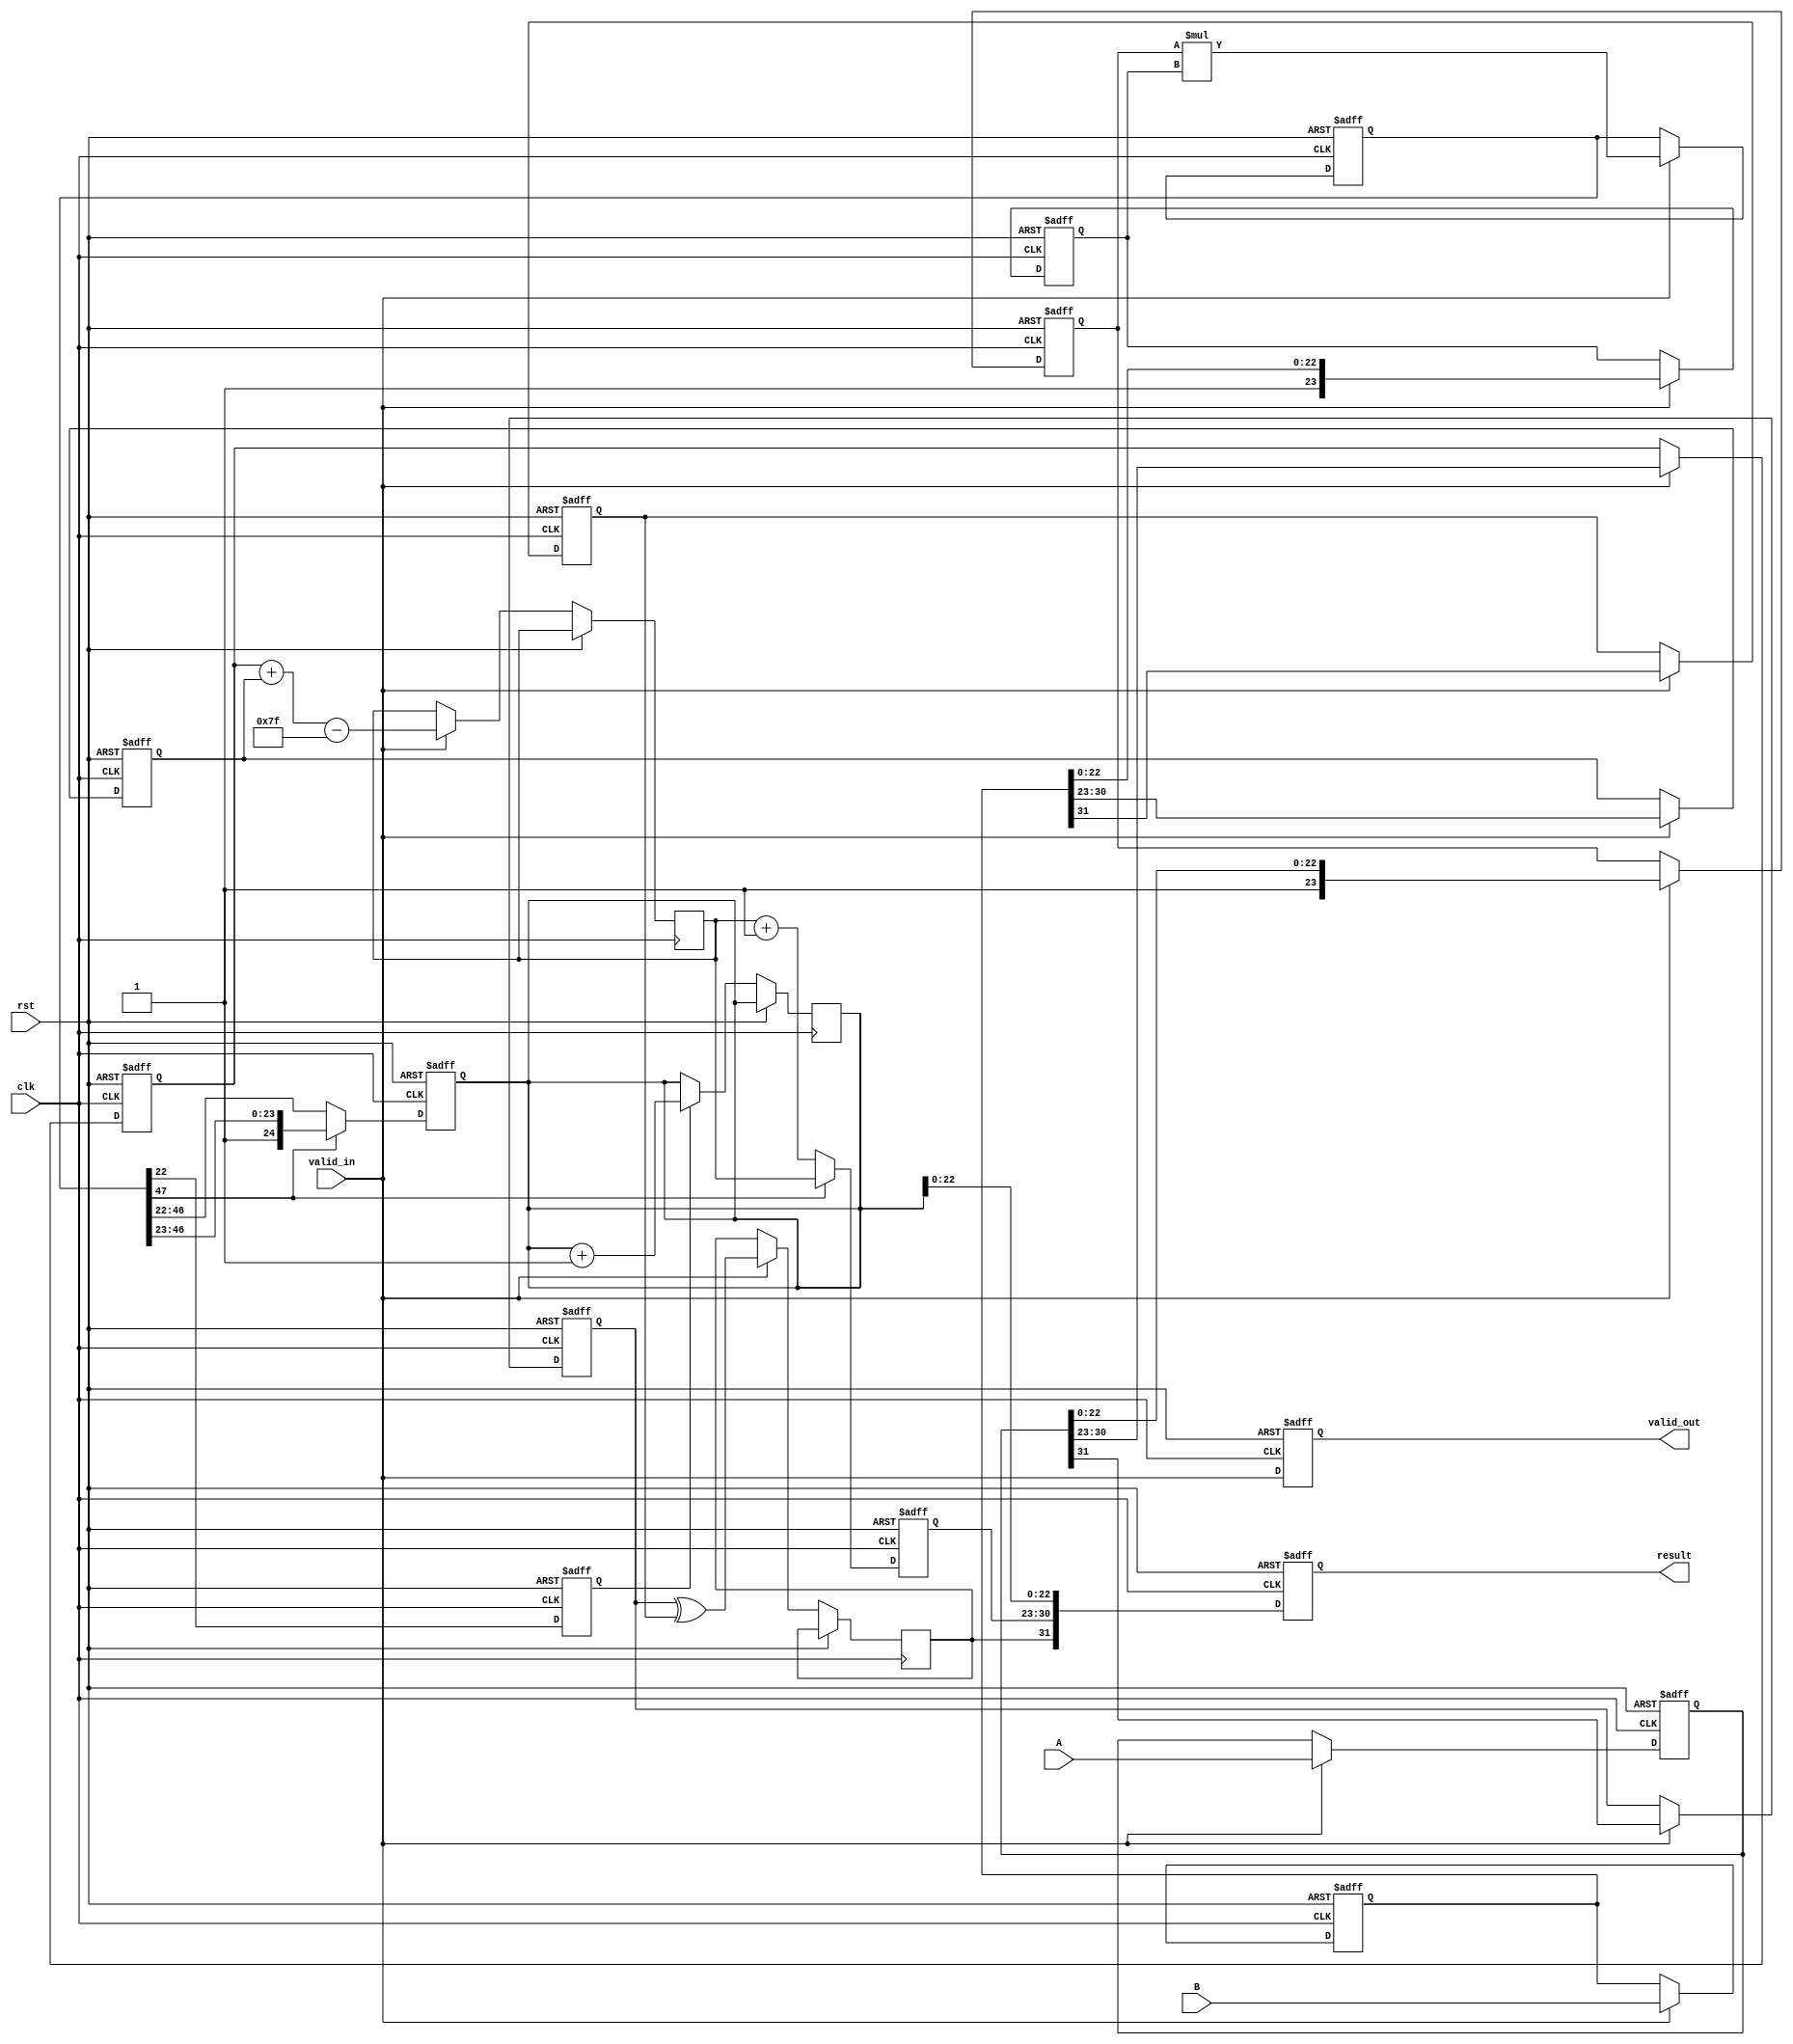
module pipelined_fp_multiplier (
    input clk,
    input rst,
    input valid_in,
    input [31:0] A, // First floating-point operand
    input [31:0] B, // Second floating-point operand
    output reg valid_out,
    output reg [31:0] result // Resulting floating-point number
);

    // Pipeline registers
    reg [31:0] A_reg, B_reg;
    reg sign_A, sign_B, sign_result;
    reg [7:0] exponent_A, exponent_B, exponent_result;
    reg [23:0] mantissa_A, mantissa_B, mantissa_result;
    reg [47:0] mantissa_mult; // Intermediate product of mantissas
    reg [24:0] mantissa_normalized; // Normalized mantissa
    reg [7:0] exponent_adjusted;
    reg rounding_bit;

    // Constants
    parameter BIAS = 8'd127;

    // Stage 1: Input Preparation
    always @(posedge clk or posedge rst) begin
        if (rst) begin
            A_reg <= 32'b0;
            B_reg <= 32'b0;
        end else if (valid_in) begin
            A_reg <= A;
            B_reg <= B;
        end
    end

    // Stage 2: Sign and Exponent Calculation
    always @(posedge clk or posedge rst) begin
        if (rst) begin
            sign_A <= 1'b0;
            sign_B <= 1'b0;
            exponent_A <= 8'b0;
            exponent_B <= 8'b0;
        end else if (valid_in) begin
            sign_A <= A_reg[31];
            sign_B <= B_reg[31];
            exponent_A <= A_reg[30:23];
            exponent_B <= B_reg[30:23];
            sign_result <= sign_A ^ sign_B;
            exponent_result <= exponent_A + exponent_B - BIAS;
        end
    end

    // Stage 3: Mantissa Multiplication
    always @(posedge clk or posedge rst) begin
        if (rst) begin
            mantissa_A <= 23'b0;
            mantissa_B <= 23'b0;
            mantissa_mult <= 48'b0;
        end else if (valid_in) begin
            mantissa_A <= {1'b1, A_reg[22:0]}; // Implicit leading 1
            mantissa_B <= {1'b1, B_reg[22:0]}; // Implicit leading 1
            mantissa_mult <= mantissa_A * mantissa_B;
        end
    end

    // Stage 4: Normalization
    always @(posedge clk or posedge rst) begin
        if (rst) begin
            mantissa_normalized <= 25'b0;
            exponent_adjusted <= 8'b0;
        end else begin
            if (mantissa_mult[47]) begin // No normalization needed
                mantissa_normalized <= mantissa_mult[47:23]; // Keep 24 bits
                exponent_adjusted <= exponent_result;
            end else begin // Normalize
                mantissa_normalized <= mantissa_mult[46:22]; // Shift right
                exponent_adjusted <= exponent_result + 1; // Increment exponent
            end
        end
    end

    // Stage 5: Rounding
    always @(posedge clk or posedge rst) begin
        if (rst) begin
            rounding_bit <= 1'b0;
        end else begin
            rounding_bit <= mantissa_mult[22]; // LSB for rounding
            if (rounding_bit) begin
                mantissa_normalized <= mantissa_normalized + 1; // Round up
            end
        end
    end

    // Stage 6: Output Preparation
    always @(posedge clk or posedge rst) begin
        if (rst) begin
            result <= 32'b0;
            valid_out <= 1'b0;
        end else begin
            result <= {sign_result, exponent_adjusted, mantissa_normalized[22:0]};
            valid_out <= valid_in; // Indicate output is valid
        end
    end

endmodule